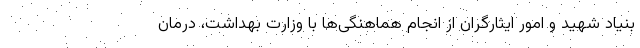
بنیاد شهید و امور ایثارگران از انجام هماهنگی‌ها با وزارت بهداشت، درمان